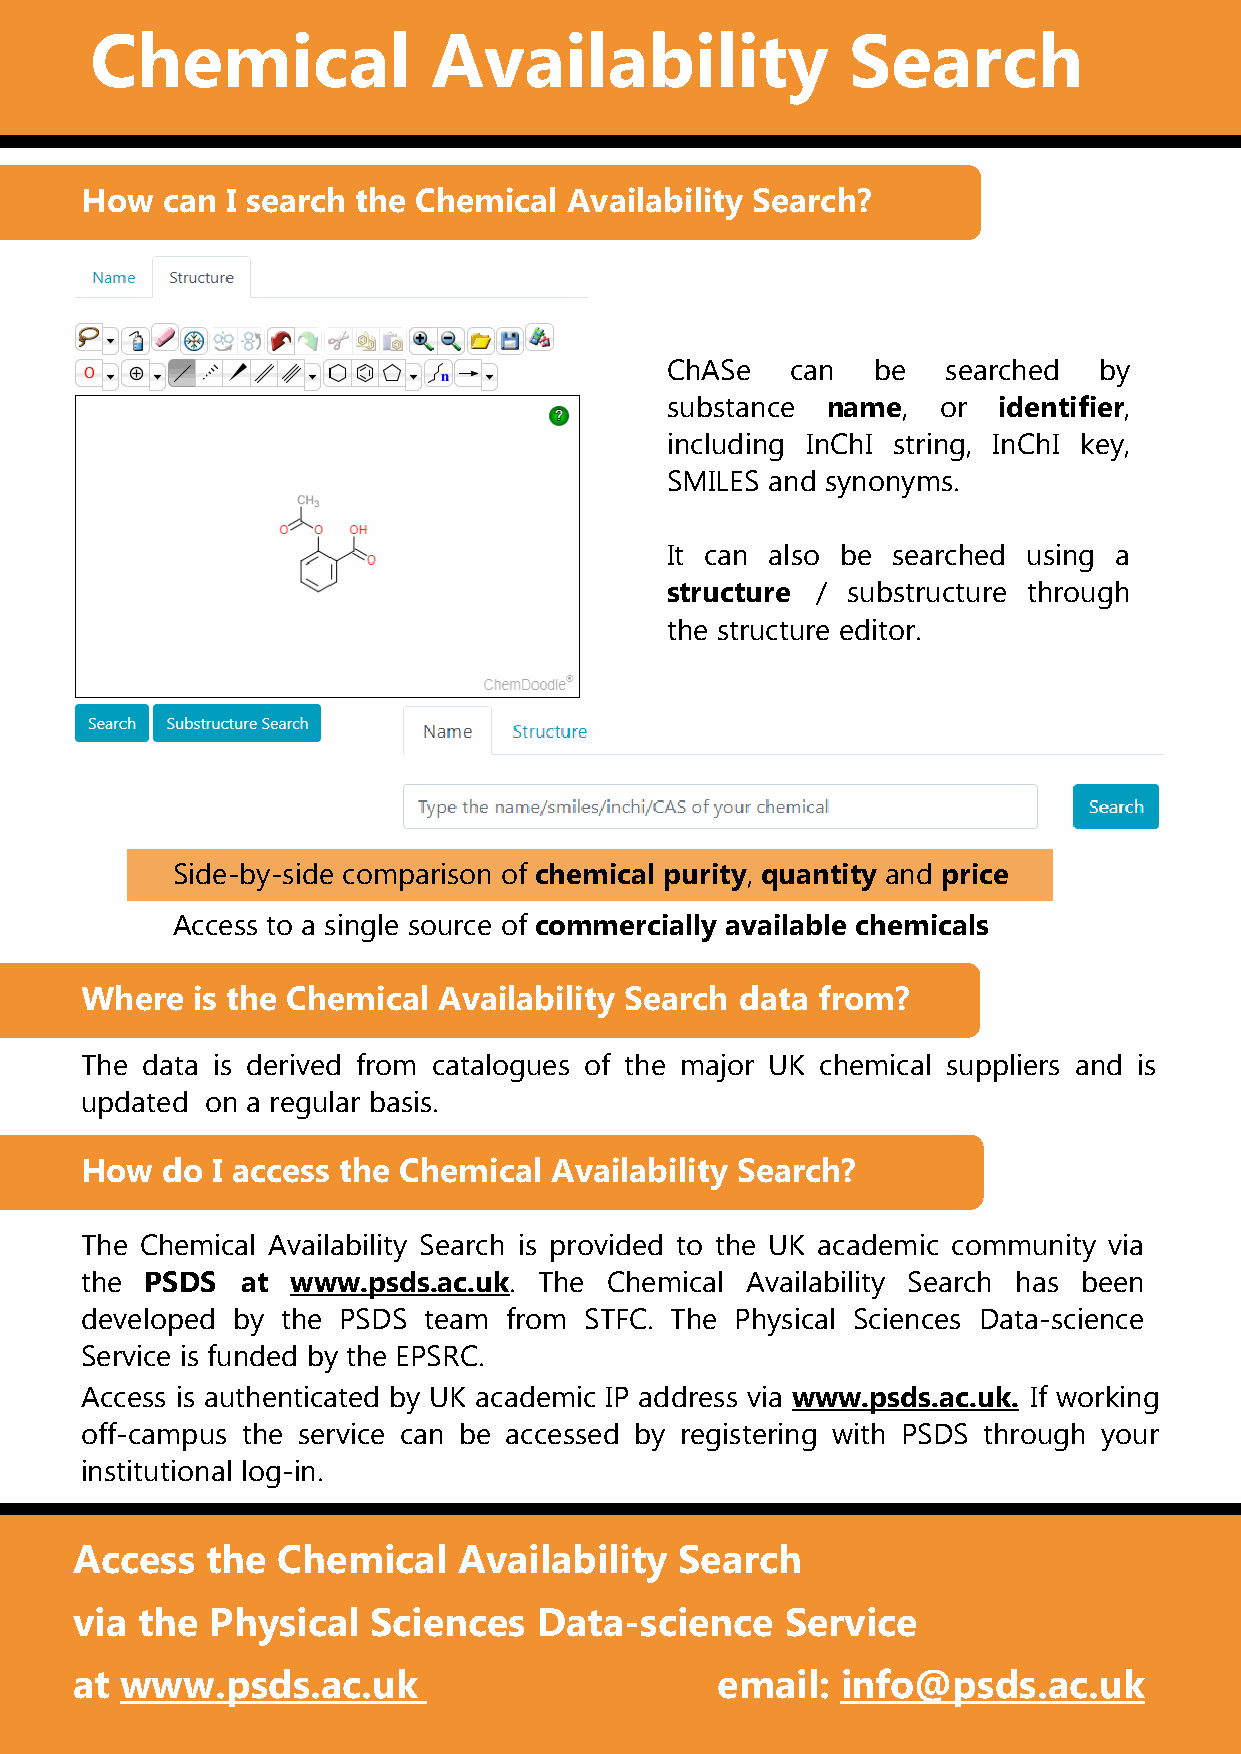
Chemical               Availability               Search
 How   can I search the Chemical  Availability Search?
 ChASe   can   be   searched  by
 substance  name,  or  identifier,
 including InChI string, InChI key,
 SMILES and synonyms.
 It can also be searched using a
 structure / substructure through
 the structure editor.
 Side-by-side comparison of chemical purity, quantity and price
 Access to a single source of commercially available chemicals
 Where   is the Chemical Availability Search data from?
 The data is derived from catalogues of the major UK chemical suppliers and is
 updated  on a regular basis.
 How   do I access the Chemical Availability Search?
 The Chemical Availability Search is provided to the UK academic community via
 the  PSDS  at www.psds.ac.uk.  The Chemical Availability Search has been
 developed by  the PSDS team from  STFC. The Physical Sciences Data-science
 Service is funded by the EPSRC.
 Access is authenticated by UK academic IP address via www.psds.ac.uk. If working
 off-campus the service can be accessed by registering with PSDS through your
 institutional log-in.
 Access   the Chemical    Availability   Search
 via the  Physical  Sciences    Data-science    Service
 at www.psds.ac.uk                         email:   info@psds.ac.uk